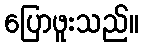
ပြောဖူးသည်။